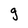
Character: 9